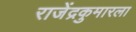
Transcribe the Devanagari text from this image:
राजेंद्रकुमारला